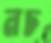
নচ